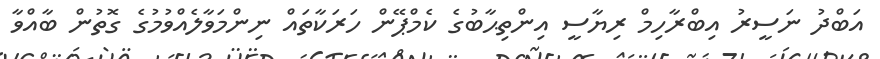
އަބްދު ނަސީރު އިބްރާހިމް ރިޔާސީ އިންތިޙާބުގެ ކެމްޕޭން ހަރަކާތައް ނިންމަވާލެއްވުމުގެ ގޮތުން ބާއްވާ